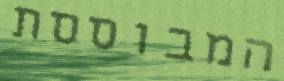
המבוססת